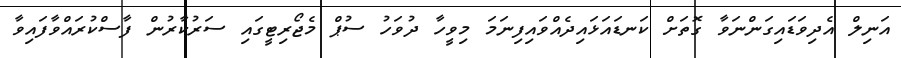
އަނިލް އެދިވަޑައިގަންނަވާ ގޮތަށް ކަނޑައަޅައިދެއްވައިފިނަމަ މިވީހާ ދުވަހު ސުޕް މެޖޯރިޓީގައި ސަރުކާރުން ފާސްކުރައްވާފައިވާ